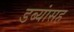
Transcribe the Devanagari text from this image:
डब्यांसह